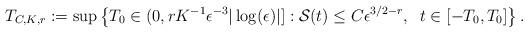
LaTeX: \begin{align*}T_{C,K,r} := \sup\left\{ T_0 \in (0,r K^{-1} \epsilon^{-3} |\log(\epsilon)|] : \mathcal{S}(t) \leq C \epsilon^{3/2-r}, \;\; t \in [-T_0,T_0] \right\}.\end{align*}